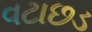
વટાછડ